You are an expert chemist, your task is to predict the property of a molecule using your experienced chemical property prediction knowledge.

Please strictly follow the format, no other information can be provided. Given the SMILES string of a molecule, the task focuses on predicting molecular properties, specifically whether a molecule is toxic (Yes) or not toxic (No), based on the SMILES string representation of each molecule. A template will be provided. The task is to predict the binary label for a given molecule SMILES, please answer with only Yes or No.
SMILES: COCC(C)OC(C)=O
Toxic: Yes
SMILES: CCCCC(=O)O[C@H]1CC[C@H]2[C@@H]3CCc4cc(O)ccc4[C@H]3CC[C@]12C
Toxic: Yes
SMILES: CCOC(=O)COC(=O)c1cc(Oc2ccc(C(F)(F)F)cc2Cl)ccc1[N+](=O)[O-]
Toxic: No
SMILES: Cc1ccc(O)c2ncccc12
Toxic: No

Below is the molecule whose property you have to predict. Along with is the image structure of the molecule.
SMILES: N#Cc1cc(I)c(O)c(I)c1
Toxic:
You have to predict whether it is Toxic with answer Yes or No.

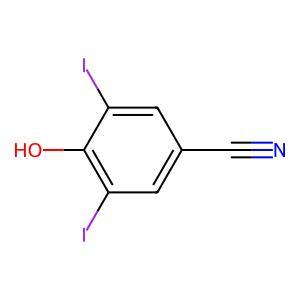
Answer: No